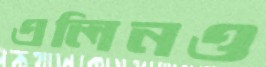
এলিনও